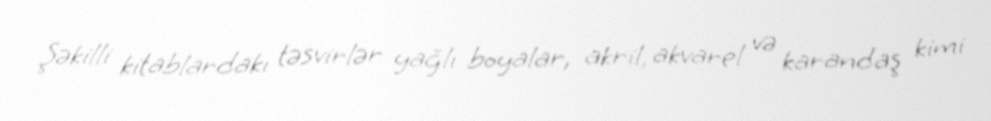
Şəkilli kitablardakı təsvirlər yağlı boyalar, akril, akvarel və karandaş kimi